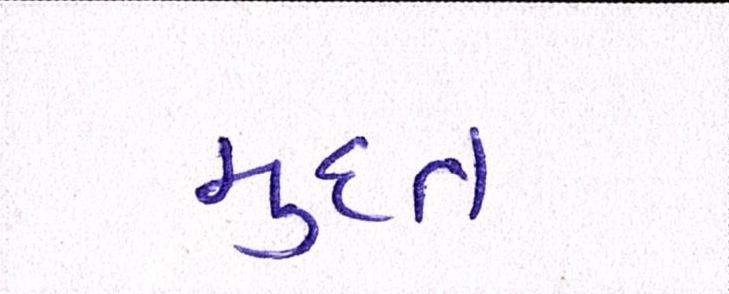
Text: મુદત